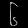
Digit: ၆